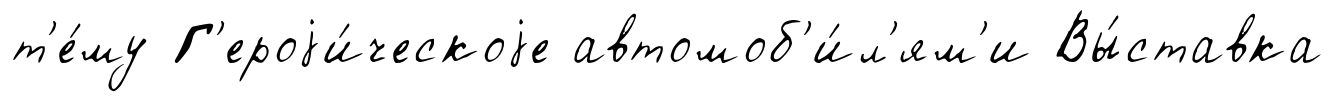
т'е́му Г'ероjи́ческоjе автомоб'и́л'ям'и Вы́ставка